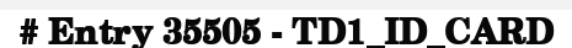
# Entry 35505 - TD1_ID_CARD